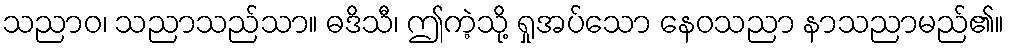
သညာဝ၊ သညာသည်သာ။ ဓဒိသီ၊ ဤကဲ့သို့ ရှုအပ်သော နေဝသညာ နာသညာမည်၏။